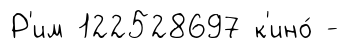
Р'им 122528697 к'ино́ -